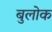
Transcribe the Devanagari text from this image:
बुलोक